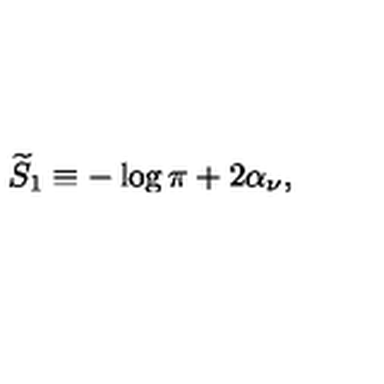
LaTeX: { \widetilde S } _ { 1 } \equiv - \log \pi + 2 \alpha _ { \nu } ,